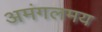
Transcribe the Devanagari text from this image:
अमंगलमय